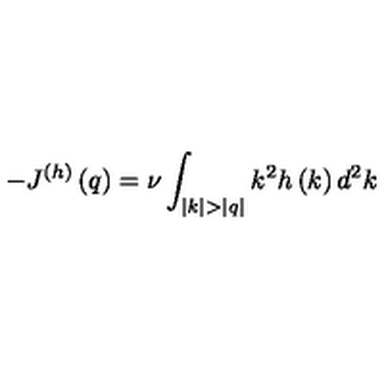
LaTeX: - J ^ { ( h ) } \left( q \right) = \nu \int _ { | k | > | q | } { k ^ { 2 } h \left( k \right) d ^ { 2 } k }